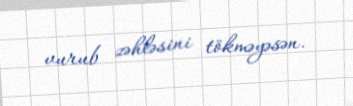
vurub zəhləsini tökməyəsən.